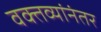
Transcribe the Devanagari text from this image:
वक्तव्यांनंतर